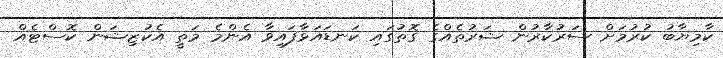
ކާމިޔާބު ކުރުމަށް ސަރުކާރުން ޝަރުތެއްގެ ގޮތުގައި ކަނޑައަޅާފައިވާ އެންމެ މަތީ އެކުޒިޝަން ކޮސްޓެއް